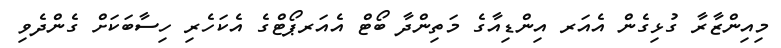
މިއިންޒާރާ ގުޅިގެން އެއަރ އިންޑިއާގެ މަތިންދާ ބޯޓް އެއަރޕޯޓްގެ އެކަހެރި ހިސާބަކަށް ގެންދެވި